Report of the Imperial Institute of Veterinary Research, Muktesar
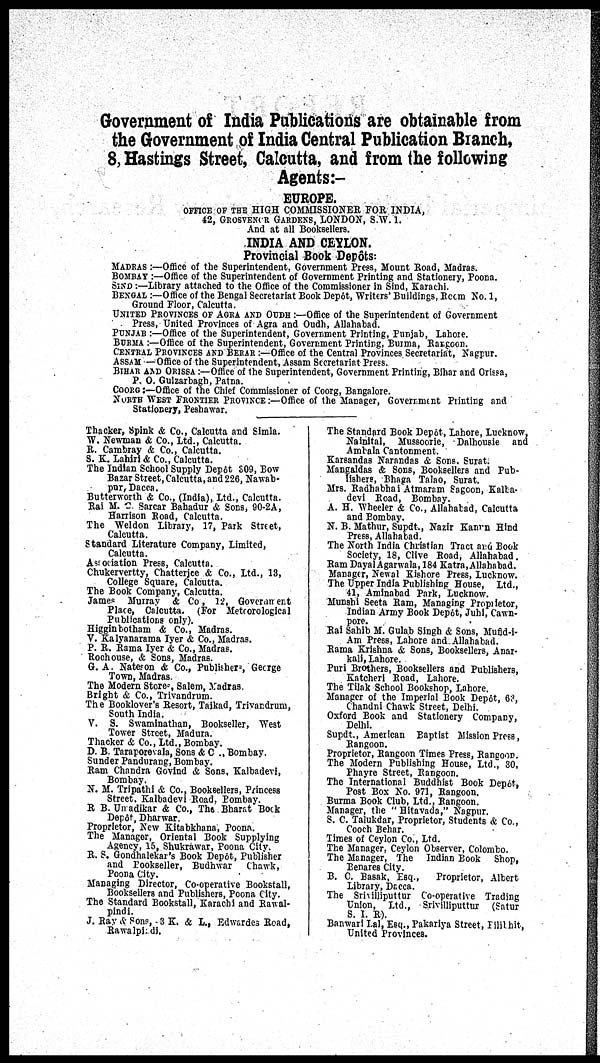
Government of India Publications are obtainable from
the Government of India Central Publication Branch,
8, Hastings Street, Calcutta, and from the following
Agents:-
EUROPE.
OFFICE OF THE HIGH COMMISSIONER FOR INDIA,
42, GROSVENOR GARDENS, LONDON, S.W. 1.
And at all Booksellers.
INDIA AND CEYLON.
Provincial Book Depôts:
MADRAS :—Office of the Superintendent, Government Press, Mount Road, Madras.
BOMBAY :—Office of the Superintendent of Government Printing and Stationery, Poona.
SIND :—Library attached to the Office of the Commissioner in Sind, Karachi.
BENGAL :—Office of the Bengal Secretariat Book Depôt, Writers' Buildings, Room No. 1,
Ground Floor, Calcutta.
UNITED PROVINCES OF AGRA AND OUDH :—Office of the Superintendent of Government
Press, United Provinces of Agra and Oudh, Allahabad.
PUNJAB :—Office of the Superintendent, Government Printing, Punjab, Lahore.
BURMA :—Office of the Superintendent, Government Printing, Burma, Rangoon.
CENTRAL PROVINCES AND BERAR :—Office of the Central Provinces Secretariat, Nagpur.
ASSAM : —Office of the Superintendent, Assam Secretariat Press.
BIHAR AND ORISSA :—Office of the Superintendent, Government Printing, Bihar and Orissa,
P. O. Gulzarbagh, Patna.
COORG :—Office of the Chief Commissioner of Coorg, Bangalore.
NORTH WEST FRONTIER PROVINCE :—Office of the Manager, Government Printing and
Stationery, Peshawar.
Thacker, Spink & Co., Calcutta and Simla.
W. Newman & Co., Ltd., Calcutta.
R. Cambray & Co., Calcutta.
S. K. Lahiri & Co., Calcutta.
The Indian School Supply Depôt 309, Bow
Bazar Street, Calcutta, and 226, Nawab¬
pur, Dacca.
Butterworth & Co., (India), Ltd., Calcutta.
Rai M. C. Sarcar Bahadur & Sons, 90-2A,
Harrison Road, Calcutta.
The Weldon Library, 17, Park Street,
Calcutta.
Standard Literature Company, Limited,
Calcutta.
Association Press, Calcutta.
Chukervertty, Chatterjee & Co., Ltd., 13,
College Square, Calcutta.
The Book Company, Calcutta.
James Murray & Co, 12, Government
Place, Calcutta. (For Meteorological
Publications only).
Higgin botham & Co., Madras.
V. Kalyanarama Iyer & Co., Madras.
P. R. Rama Iyer & Co., Madras.
Rochouse, & Sons, Madras.
G. A. Nateson & Co., Publishers, George
Town, Madras.
The Modern Stores, Salem, Madras.
Bright & Co., Trivandrum.
The Booklover's Resort, Taikad, Trivandrum,
South India.
V. S. Swaminathan, Bookseller, West
Tower Street, Madura.
Thacker & Co., Ltd., Bombay.
D. B. Taraporevala, Sons & C., Bombay.
Sunder Pandurang, Bombay.
Ram Chandra Govind & Sons, Kalbadevi,
Bombay.
N. M. Tripathi & Co., Booksellers, Princess
Street. Kalbadevi Road, Bombay.
R. B. Un adikar & Co., The Bharat Book
Depôt, Dharwar.
Proprietor, New Kitabkhana, Poona.
The Manager, Oriental Book Supplying
Agency, 15, Shukrawar, Poona City.
R. S. Gondhalekar's Book Depôt, Publisher
and Bookseller, Budhwar Chawk,
Poona City.
Managing Director, Co-operative Bookstall,
Booksellers and Publishers, Poona City.
The Standard Bookstall, Karachi and Rawal-
pindi.
J. Ray & Sons, -3 K. & L., Edwardes Road,
Rawalpindi.
The Standard Book Depôt, Lahore, Lucknow,
Nainital, Mussoorie, Dalhousie and
Ambala Cantonment.
Karsandas Narandas & Sons. Surat.
Mangaldas & Sons, Booksellers and Pub-
lishers, Bhaga Talao, Surat.
Mrs. Radhabhai Atmaram Sagoon, Kalba-
devi Road, Bombay.
A. H. Wheeler & Co., Allahabad, Calcutta
and Bombay.
N. B. Mathur, Supdt., Nazir Kanrn Hind
Press, Allahabad.
The North India Christian Tract and Book
Society, 18, Clive Road, Allahabad.
Ram DayalAgarwala, 184 Katra,Allahabad.
Manager, Newal Kishore Press, Lucknow.
The Upper India Publishing House, Ltd.,
41, Aminabad Park, Lucknow.
Munshi Seeta Ram, Managing Proprietor,
Indian Army Book Depôt, Juhi, Cawn-
pore.
Rai Sahib M. Gulab Singh & Sons, Mufid-i-
Am Press, Lahore and Allahabad.
Rama Krishna & Sons, Booksellers, Anar-
kali, Lahore.
Puri Brothers, Booksellers and Publishers,
Katcheri Road, Lahore.
The Tilak School Bookshop, Lahore.
Manager of the Imperial Book Depôt, 63,
Chandni Chawk Street, Delhi.
Oxford Book and Stationery Company,
Delhi.
Supdt., American Baptist Mission Press,
Rangoon.
Proprietor, Rangoon Times Press, Rangoon.
The Modern Publishing House, Ltd., 30,
Phayre Street, Rangoon.
The International Buddhist Book Depôt,
Post Box No. 971, Rangoon.
Burma Book Club, Ltd., Rangoon.
Manager, the "Hitavada," Nagpur.
S. C. Talukdar, Proprietor, Students & Co.,
Cooch Behar.
Times of Ceylon Co., Ltd.
The Manager, Ceylon Observer, Colombo.
The Manager, The Indian Book Shop,
Benares City.
B. C. Basak, Esq., Proprietor, Albert
Library, Dacca.
The Srivilliputtur Co-operative Trading
Union, Ltd., Srivilliputtur (Satur
S. I. R).
Banwari Lal, Esq., Pakariya Street, Pilibhit,
United Provinces.